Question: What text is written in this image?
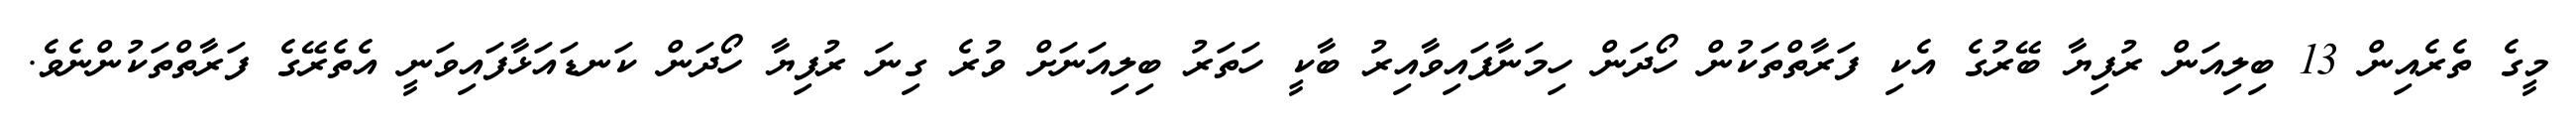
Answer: މީގެ ތެރެއިން 13 ބިލިއަން ރުފިޔާ ބޭރުގެ އެކި ފަރާތްތަކުން ހޯދަން ހިމަނާފައިވާއިރު ބާކީ ހަތަރު ބިލިއަނަށް ވުރެ ގިނަ ރުފިޔާ ހޯދަން ކަނޑައަޅާފައިވަނީ އެތެރޭގެ ފަރާތްތަކުންނެވެ.